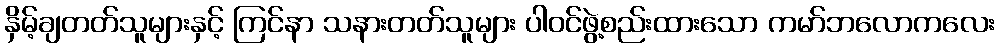
နှိမ့်ချတတ်သူများနှင့် ကြင်နာ သနားတတ်သူများ ပါဝင်ဖွဲ့စည်းထားသော ကမာ်ဘလောကလေး